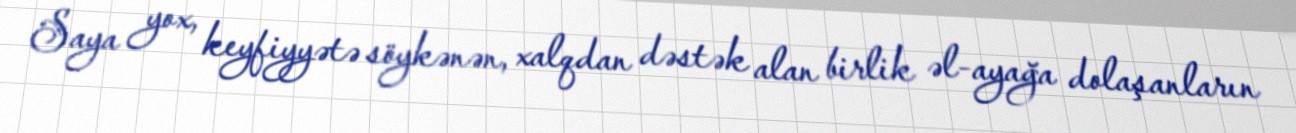
Saya yox, keyfiyyətə söykənən, xalqdan dəstək alan birlik əl-ayağa dolaşanların